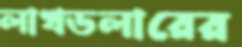
লাখডলারের